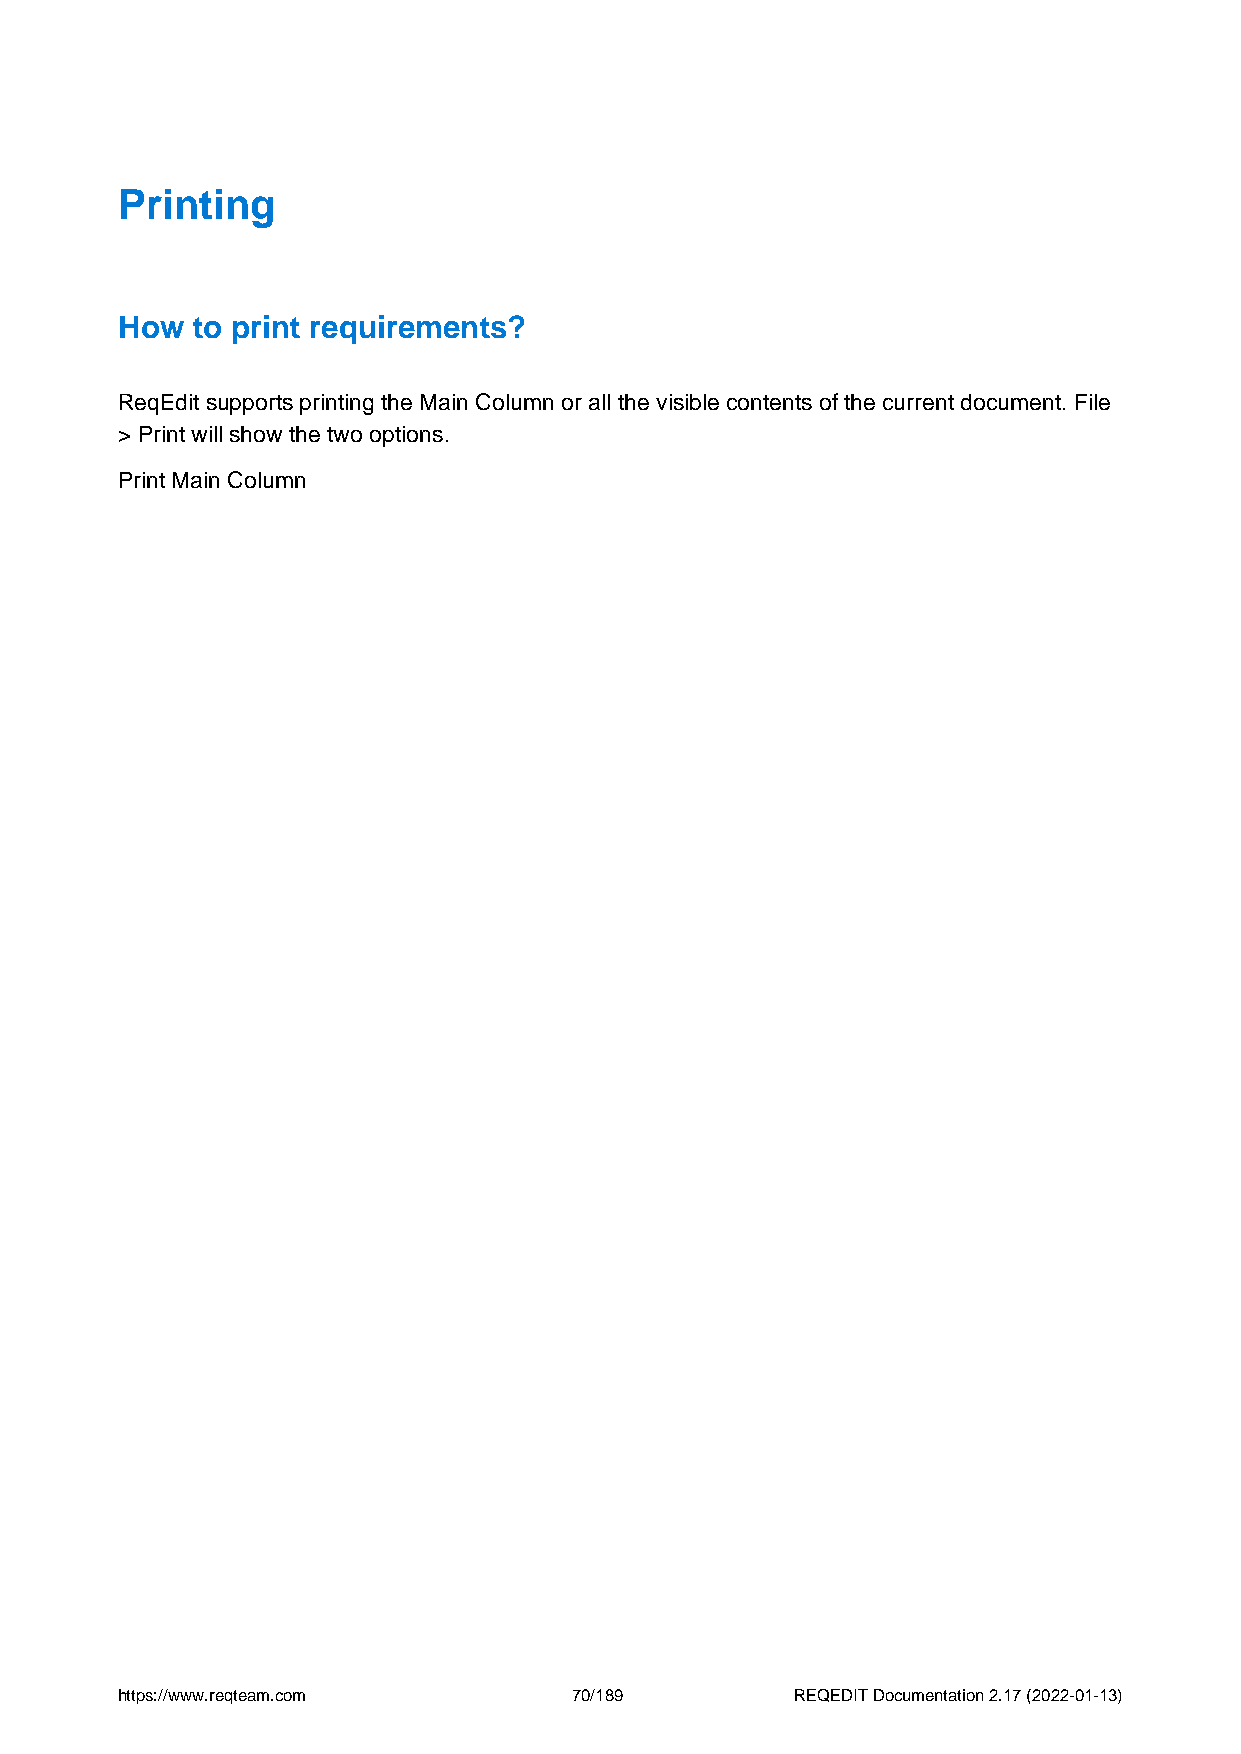
Printing
 How  to print requirements?
 ReqEdit supports printing the Main Column or all the visible contents of the current document. File
 > Print will show the two options.
 Print Main Column
 https://www.reqteam.com       70/189         REQEDIT Documentation 2.17 (2022-01-13)